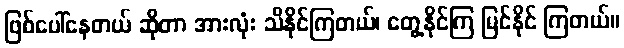
ဖြစ်ပေါ်နေတယ် ဆိုတာ အားလုံး သိနိုင်ကြတယ်၊ တွေ့နိုင်ကြ မြင်နိုင် ကြတယ်။